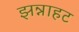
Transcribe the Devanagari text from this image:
झन्नाहट